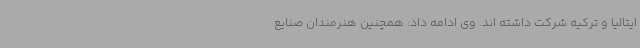
ایتالیا و ترکیه شرکت داشته اند. وی ادامه داد: همچنین هنرمندان صنایع